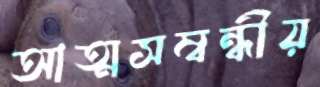
আত্মসম্বন্ধীয়